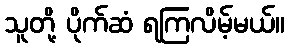
သူတို့ ပိုက်ဆံ ရကြလိမ့်မယ်။